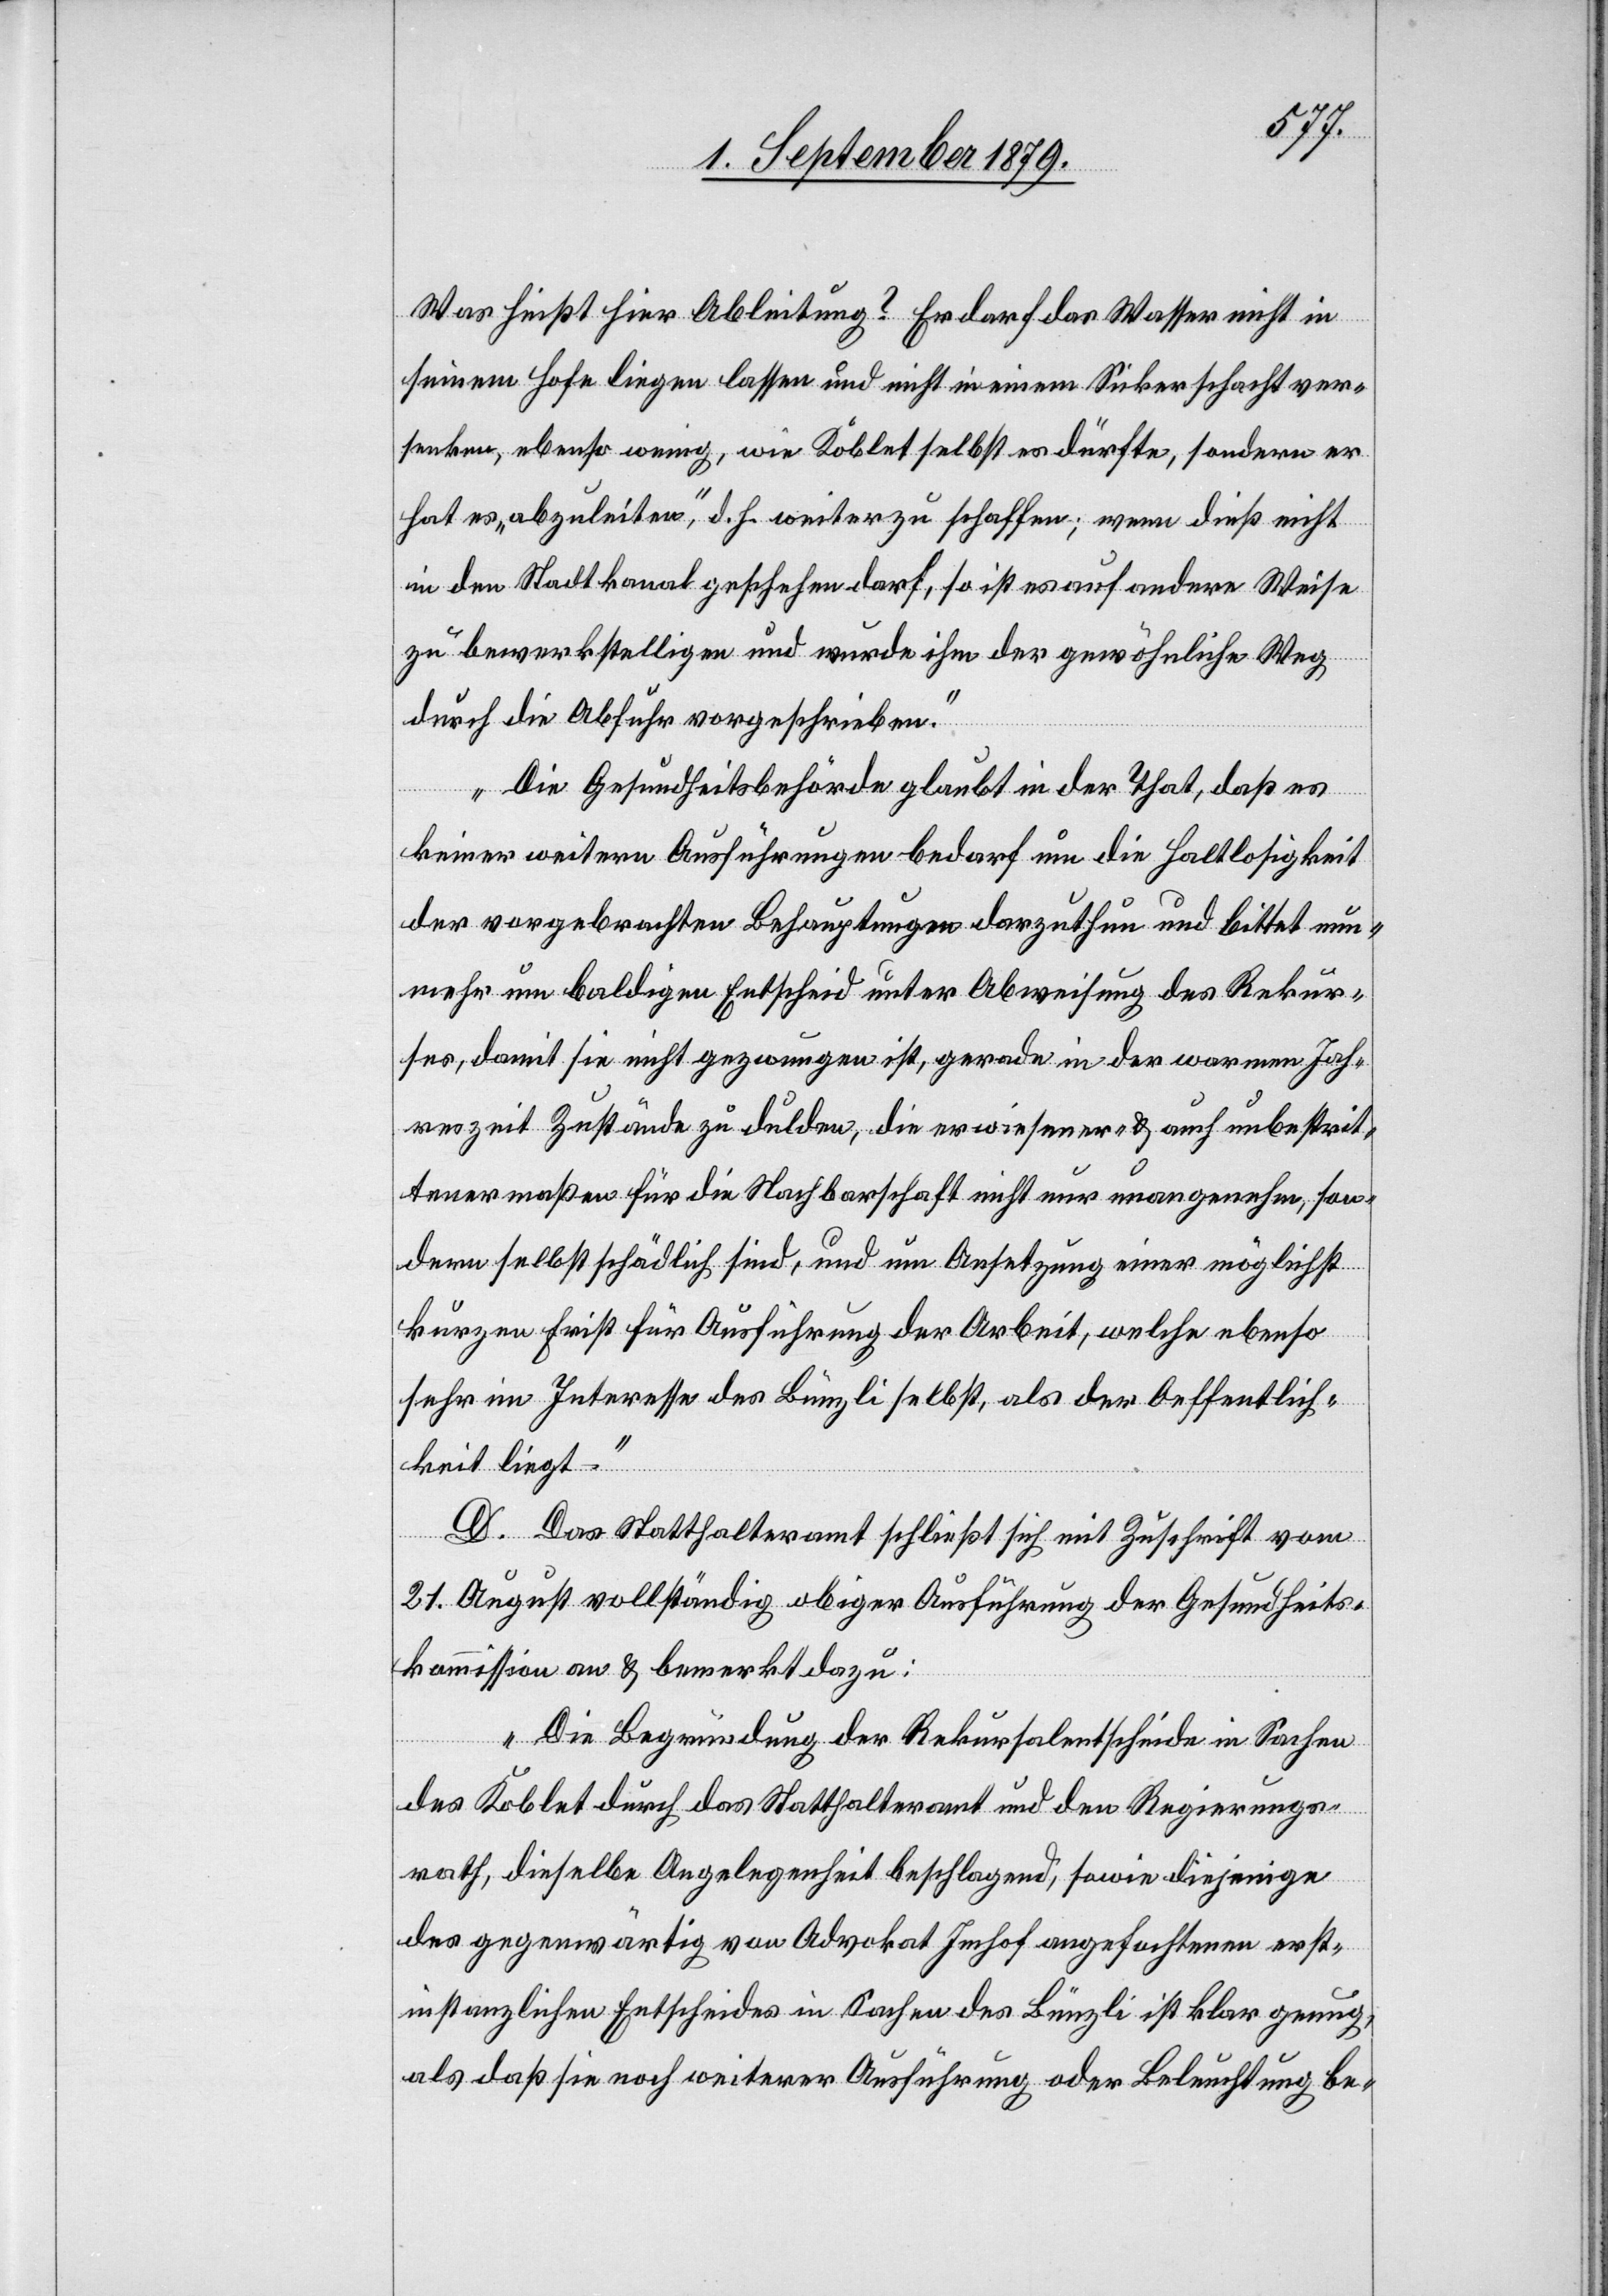
Was heißt hier Ableitung? Er darf das Wasser nicht in
seinem Hofe liegen lassen und nicht in einem Sickerschacht ver¬
senken, ebenso wenig, wie Koblet selbst es dürfte, sondern er
hat es „abzuleiten“, d. h. weiter zu schaffen; wenn dieß nicht
in den Stadtkanal geschehen darf, so ist es auf andere Weise
zu bewerkstelligen und wurde ihm der gewöhnliche Weg
durch die Abfuhr vorgeschrieben.
Die Gesundheitsbehörde glaubt in der That, daß es
keiner weitern Ausführungen bedarf um die Haltlosigkeit
der vorgebrachten Behauptungen darzuthun und bittet nun¬
mehr um baldigen Entscheid unter Abweisung des Rekur¬
ses, damit sie nicht gezwungen ist, gerade in der warmen Jah¬
reszeit Zustände zu dulden, die erwiesener- & auch unbestrit¬
tenermaßen für die Nachbarschaft nicht nur unangenehme, son¬
dern selbst schädlich sind, und um Ansetzung einer möglichst
kurzen Frist für Ausführung der Arbeit, welche ebenso
sehr im Interesse des Bünzli selbst, als der Oeffentlich¬
keit liegt.“
D. Das Statthalteramt schließt sich mit Zuschrift vom
21. August vollständig obiger Ausführung der Gesundheits¬
kommission an & bemerkt dazu:
„Die Begründung der Rekursalentscheide in Sachen
des Koblet durch das Statthalteramt und den Regierungs¬
rath, dieselbe Angelegenheit beschlagend, sowie diejenige
des gegenwärtig von Advokat Imhof angefochtenen erst¬
instanzlichen Entscheides in Sachen des Bünzli ist klar genug,
als daß sie noch weiterer Ausführung oder Beleuchtung be-